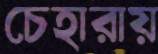
চেহারায়